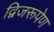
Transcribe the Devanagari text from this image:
द्विजरूपेण